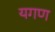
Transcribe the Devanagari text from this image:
यगण